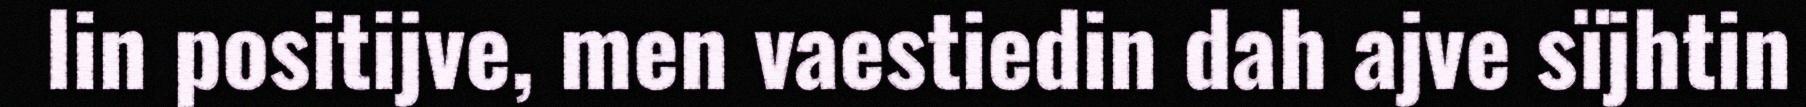
lin positijve, men vaestiedin dah ajve sïjhtin